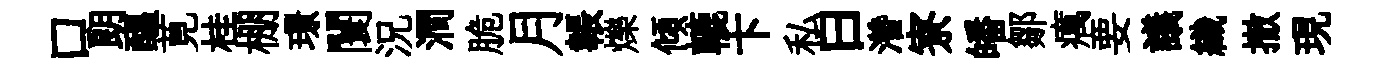
口朗醖莧桂棚璟闤況澗脆月韔爍傾轆卞私曰濳寮皤鄒癘要議織撤現